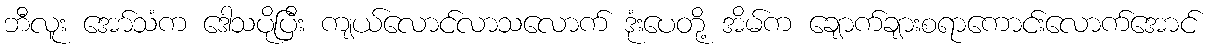
ဘီလူး အော်သံက ဒေါသပိုပြီး ကျယ်လောင်လာသလောက် ဒုံးပေတို့ အိမ်က ချောက်ချားစရာကောင်းလောက်အောင်